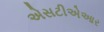
એસટીએઆર